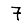
Digit: 7